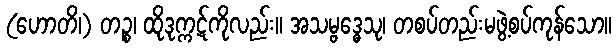
(ဟောတိ၊) တဉ္စ၊ ထိုဒုက္ကဋ်ကိုလည်း။ အသမ္ဗဒ္ဓေသု၊ တစပ်တည်းမဖွဲ့စပ်ကုန်သော။